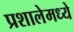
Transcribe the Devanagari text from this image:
प्रशालेमध्ये